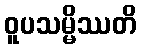
ဝူပသမ္မိဿတိ